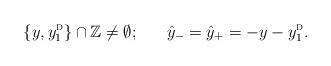
LaTeX: \begin{align*}\{y, y_1^{\textsc{d}}\} \cap {\mathbb{Z}} \neq \emptyset;\;\;\;\;\;\;\hat{y}_- = \hat{y}_+= -y-y_1^{\textsc{d}}.\;\;\;\end{align*}